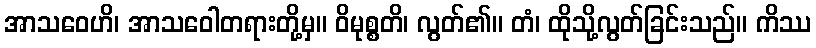
အာသဝေဟိ၊ အာသဝေါတရားတို့မှ။ ဝိမုစ္စတိ၊ လွတ်၏။ တံ၊ ထိုသို့လွတ်ခြင်းသည်။ ကိဿ